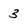
Character: 3